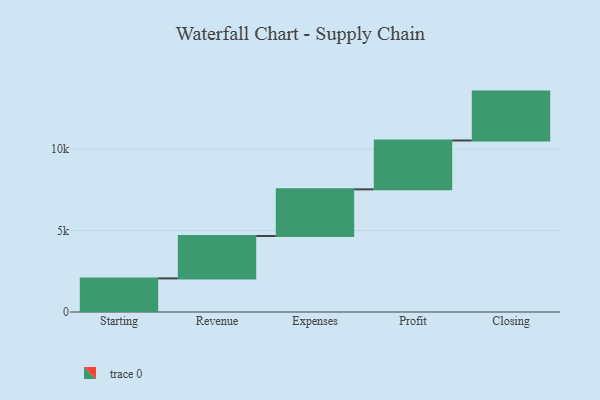
{"axis": {"x": "Step", "y": "Value"}, "legend": [""], "data": [{"x": "Starting", "y": 2063.0, "type": ""}, {"x": "Revenue", "y": 2601.0, "type": ""}, {"x": "Expenses", "y": 2864.0, "type": ""}, {"x": "Profit", "y": 3000, "type": ""}, {"x": "Closing", "y": 3000, "type": ""}]}